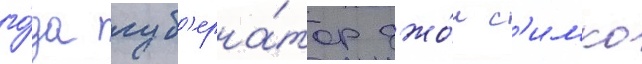
го́да губ'ерна́тор джо́н с'имко